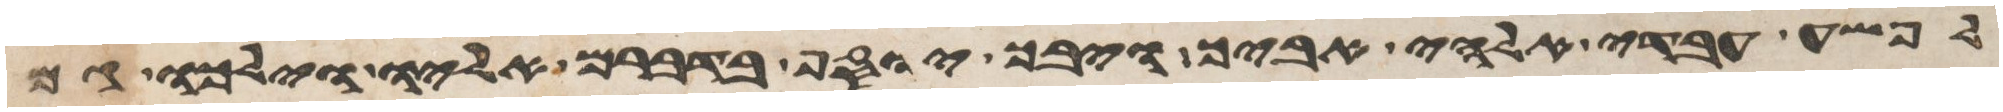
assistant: לפשע עבדי אלהי אביך ויבך יוסף בדברם אליו וילכו גם